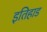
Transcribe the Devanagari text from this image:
इतिहाड